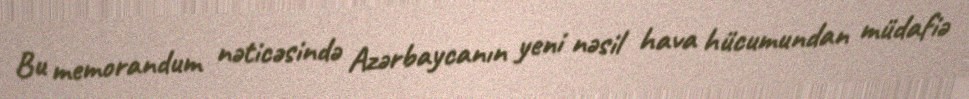
Bu memorandum nəticəsində Azərbaycanın yeni nəsil hava hücumundan müdafiə